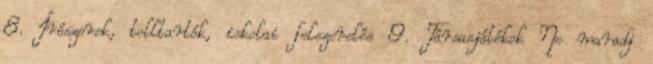
8. Írószerek, tolltartók, iskolai felszerelés 9. Társasjátékok Ne maradj